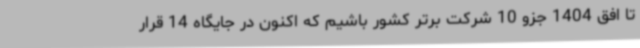
تا افق 1404 جزو 10 شرکت برتر کشور باشیم که اکنون در جایگاه 14 قرار